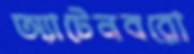
অ্যাটেনবরো